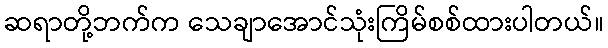
ဆရာတို့ဘက်က သေချာအောင်သုံးကြိမ်စစ်ထားပါတယ်။